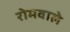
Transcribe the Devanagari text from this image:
रोमवाले